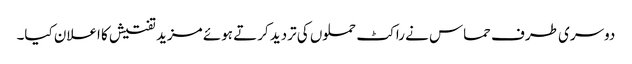
دوسری طرف حماس نے راکٹ حملوں کی تردید کرتے ہوئے مزید تفتیش کا اعلان کیا۔